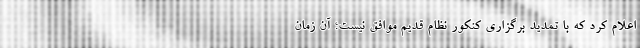
اعلام کرد که با تمدید برگزاری کنکور نظام قدیم موافق نیست؛ آن زمان